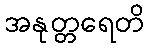
အနုတ္တရေတိ